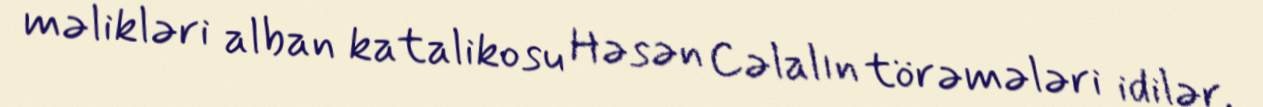
məlikləri alban katalikosu Həsən Cəlalın törəmələri idilər.